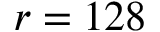
r = 1 2 8